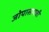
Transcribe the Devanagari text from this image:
जोपासायची